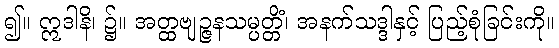
၍။ ဣဒါနိ၊ ၌။ အတ္ထဗျဉ္ဇနသမ္ပတ္တိံ၊ အနက်သဒ္ဒါနှင့် ပြည့်စုံခြင်းကို။